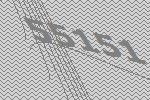
55151